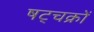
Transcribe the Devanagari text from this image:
षट्चक्रों